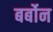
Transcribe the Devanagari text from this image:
बर्बोन